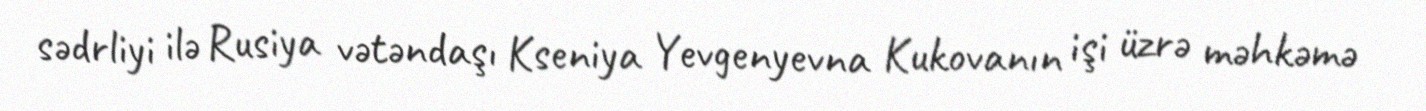
sədrliyi ilə Rusiya vətəndaşı Kseniya Yevgenyevna Kukovanın işi üzrə məhkəmə